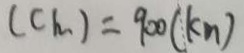
( C h ) = 9 0 0 ( k m )